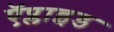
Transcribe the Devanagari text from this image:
ऍप्लाइड